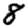
Digit: 8